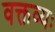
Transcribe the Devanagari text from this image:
वक्तव्यः